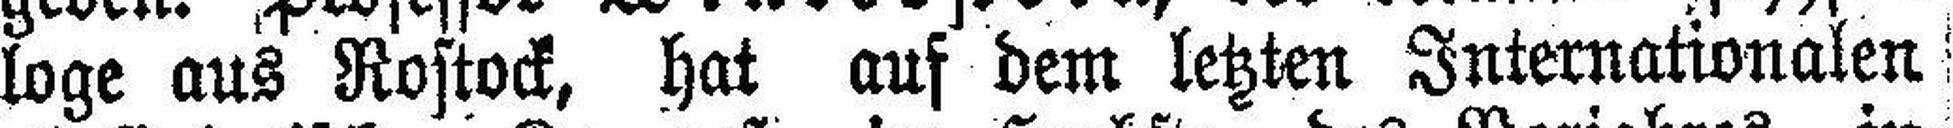
loge aus Rostock, hat auf dem letzten Internationalen